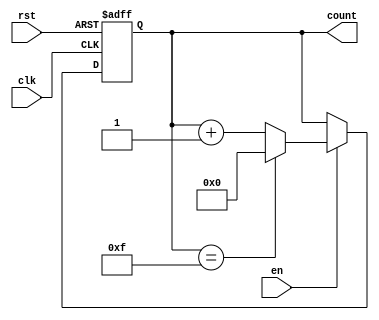
module up_counter_with_enable #(
    parameter WIDTH = 4 // Specify the width of the counter (number of bits)
)(
    input wire clk,      // Clock input
    input wire en,       // Enable signal
    input wire rst,      // Asynchronous reset signal
    output reg [WIDTH-1:0] count // Current counter value
);

// Asynchronous reset and counting logic
always @(posedge clk or posedge rst) begin
    if (rst) begin
        count <= 0; // Reset the counter to 0
    end else if (en) begin
        if (count == (2**WIDTH - 1)) begin
            count <= 0; // Wrap around when maximum value is reached
        end else begin
            count <= count + 1; // Increment the counter
        end
    end
end

endmodule